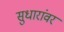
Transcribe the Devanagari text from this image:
सुधारांवर